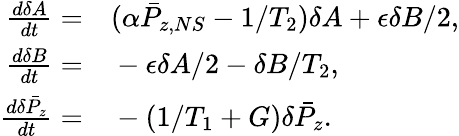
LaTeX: \begin{array}{rl}{\frac{d\delta A}{dt}=}&{{}(\alpha\bar{P}_{z,NS}-1/T_{2})\delta A+\epsilon\delta B/2,}\\ {\frac{d\delta B}{dt}=}&{{}-\epsilon\delta A/2-\delta B/T_{2},}\\ {\frac{d\delta\bar{P}_{z}}{dt}=}&{{}-(1/T_{1}+G)\delta\bar{P}_{z}.}\end{array}